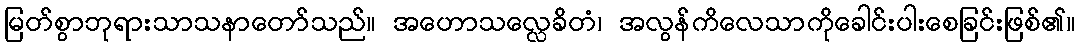
မြတ်စွာဘုရားသာသနာတော်သည်။ အဟောသလ္လေခိတံ၊ အလွန်ကိလေသာကိုခေါင်းပါးစေခြင်းဖြစ်၏။